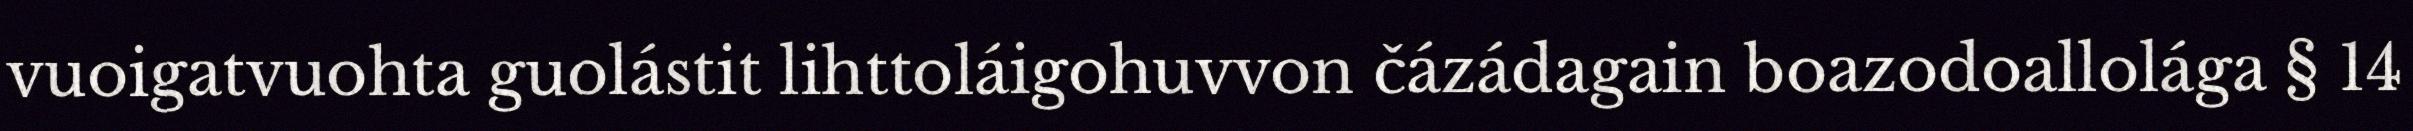
vuoigatvuohta guolástit lihttoláigohuvvon čázádagain boazodoallolága § 14